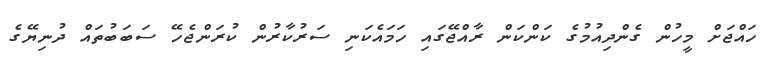
ހައްޖަށް މީހުން ގެންދިއުމުގެ ކަންކަން ރާއްޖޭގައި ހަމައެކަނި ސަރުކާރުން ކުރަންޖެހޭ ސަބަބުތައް ދުނިޔޭގެ